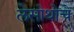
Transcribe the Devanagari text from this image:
लेसोथोचे